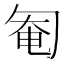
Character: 匎